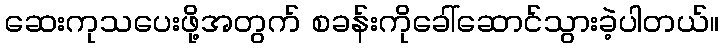
ဆေးကုသပေးဖို့အတွက် စခန်းကိုခေါ်ဆောင်သွားခဲ့ပါတယ်။